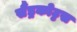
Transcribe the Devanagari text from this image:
सैंड्रकोट्टस